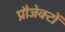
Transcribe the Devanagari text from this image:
प्रौजेक्टों